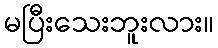
မပြီးသေးဘူးလား။